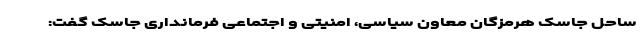
ساحل جاسک هرمزگان معاون سیاسی، امنیتی و اجتماعی فرمانداری جاسک گفت: